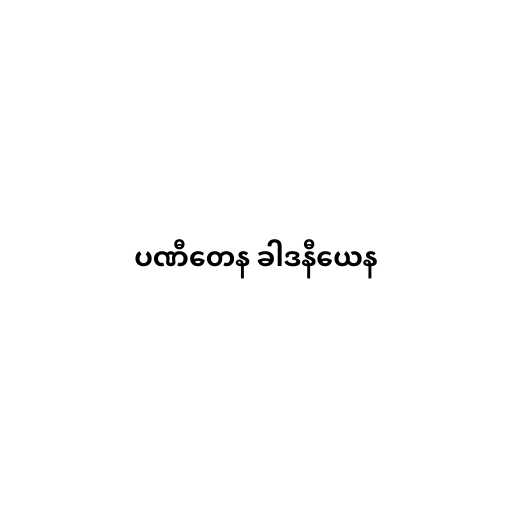
ပဏီတေန ခါဒနီယေန